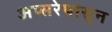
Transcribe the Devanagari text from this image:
अप्सरेपासून